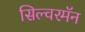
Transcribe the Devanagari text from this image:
सिल्वरमॅन